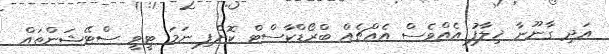
އަދި ގާނޫނާ ޚިލާފު އެއްވެސް އެއްޗެއް ބްރޯޑްކާސްޓް ކޮށްފި ނަމަ ޓީވީ ސްޓޭޝަންތައް